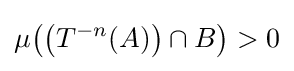
\mu {\mathord {\left(\left(T^{-n}(A)\right)\cap B\right)}}>0